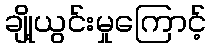
ချို့ယွင်းမှုကြောင့်